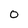
Character: 0